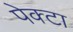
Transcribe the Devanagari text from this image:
पेक्टा